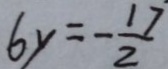
6 y = - \frac { 1 7 } { 2 }